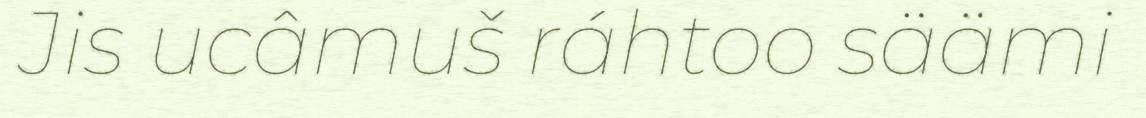
Jis ucâmuš ráhtoo säämi